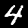
Digit: 4